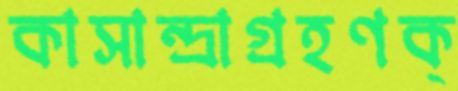
কাসান্দ্রাগ্রহণক্